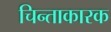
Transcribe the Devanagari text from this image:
चिन्ताकारक